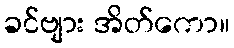
ခင်ဗျား အိတ်ကော။